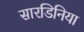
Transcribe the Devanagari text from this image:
सारडिनिया